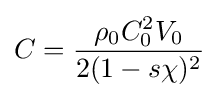
C={\frac {\rho _{0}C_{0}^{2}V_{0}}{2(1-s\chi )^{2}}}